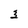
Character: 3